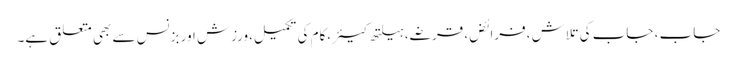
جاب ، جاب کی تلاش ،فرائض، قرضے، ہیلتھ کیئر،کام کی تکمیل،ورزش اور بزنس سے بھی متعلق ہے۔